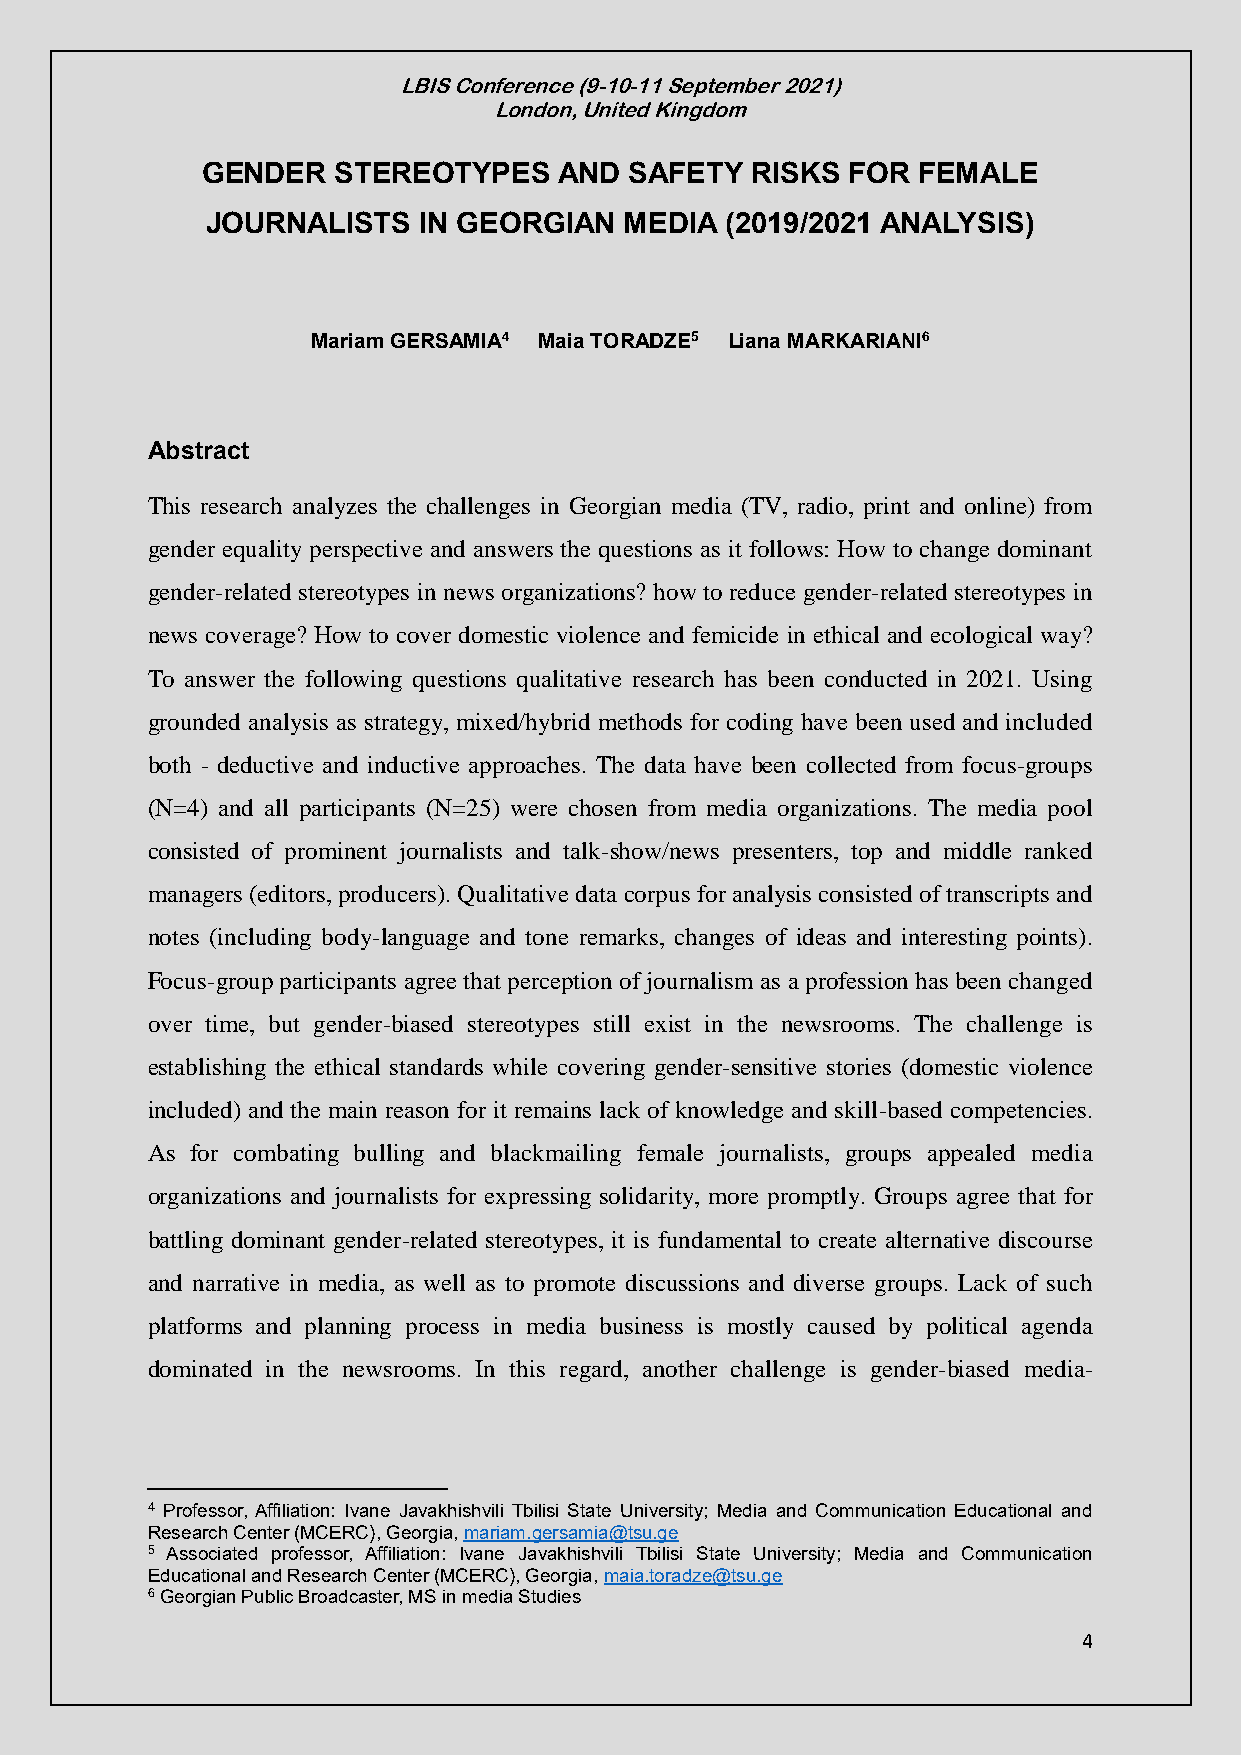
LBIS Conference (9-10-11 September 2021)
 London, United Kingdom
 GENDER   STEREOTYPES    AND  SAFETY  RISKS FOR  FEMALE
 JOURNALISTS   IN GEORGIAN  MEDIA  (2019/2021 ANALYSIS)
 Mariam GERSAMIA4 Maia TORADZE5 Liana MARKARIANI6
 Abstract
 This research analyzes the challenges in Georgian media (TV, radio, print and online) from
 gender equality perspective and answers the questions as it follows: How to change dominant
 gender-related stereotypes in news organizations? how to reduce gender-related stereotypes in
 news coverage? How to cover domestic violence and femicide in ethical and ecological way?
 To answer the following questions qualitative research has been conducted in 2021. Using
 grounded analysis as strategy, mixed/hybrid methods for coding have been used and included
 both - deductive and inductive approaches. The data have been collected from focus-groups
 (N=4) and all participants (N=25) were chosen from media organizations. The media pool
 consisted of prominent journalists and talk-show/news presenters, top and middle ranked
 managers (editors, producers). Qualitative data corpus for analysis consisted of transcripts and
 notes (including body-language and tone remarks, changes of ideas and interesting points).
 Focus-group participants agree that perception of journalism as a profession has been changed
 over time, but gender-biased stereotypes still exist in the newsrooms. The challenge is
 establishing the ethical standards while covering gender-sensitive stories (domestic violence
 included) and the main reason for it remains lack of knowledge and skill-based competencies.
 As for combating bulling and blackmailing female journalists, groups appealed media
 organizations and journalists for expressing solidarity, more promptly. Groups agree that for
 battling dominant gender-related stereotypes, it is fundamental to create alternative discourse
 and narrative in media, as well as to promote discussions and diverse groups. Lack of such
 platforms and planning process in media business is mostly caused by political agenda
 dominated in the newsrooms. In this regard, another challenge is gender-biased media-
 4 Professor, Affiliation: Ivane Javakhishvili Tbilisi State University; Media and Communication Educational and
 Research Center (MCERC), Georgia, mariam.gersamia@tsu.ge
 5 Associated professor, Affiliation: Ivane Javakhishvili Tbilisi State University; Media and Communication
 Educational and Research Center (MCERC), Georgia, maia.toradze@tsu.ge
 6 Georgian Public Broadcaster, MS in media Studies
 4